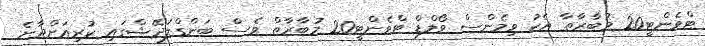
ޓްވެންޓީ20 މުބާރާތާ އެކު ވިމެންސް ވޯލްޑް ޓްވެންޓީ20 މުބާރާތް ވެސް ބަންގްލަދޭޝްގައި ކުރިއަށްދާނެ